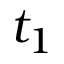
t _ { 1 }